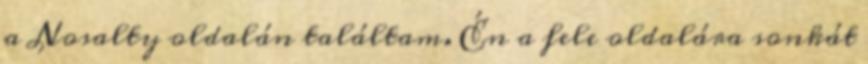
a Nosalty oldalán találtam. Én a fele oldalára sonkát